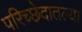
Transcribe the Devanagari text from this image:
परिच्छेदातल्या